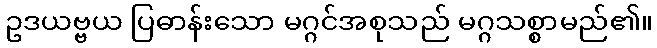
ဥဒယဗ္ဗယ ပြဓာန်းသော မဂ္ဂင်အစုသည် မဂ္ဂသစ္စာမည်၏။